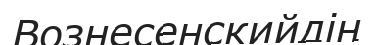
Вознесенскийдің